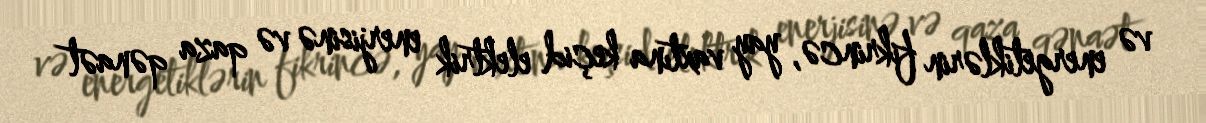
və energetiklərin fikrincə, yay vaxtına keçid elektrik enerjisinə və qaza qənaət